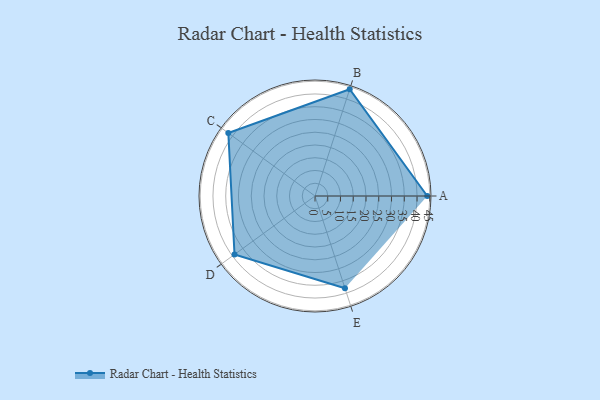
{"axis": {"x": "Skill", "y": "Score"}, "legend": ["Profile"], "data": [{"x": "A", "y": 44.0, "type": "Profile"}, {"x": "B", "y": 44.0, "type": "Profile"}, {"x": "C", "y": 42.0, "type": "Profile"}, {"x": "D", "y": 39.0, "type": "Profile"}, {"x": "E", "y": 38.0, "type": "Profile"}]}